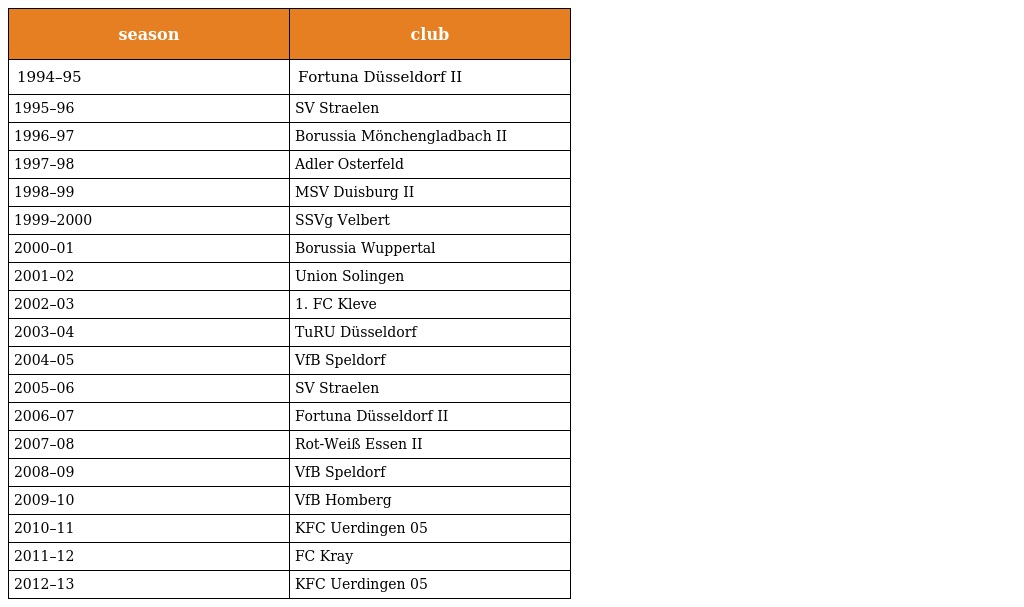
| season | club |
 | --- | --- |
 | 1994–95 | Fortuna Düsseldorf II |
 | 1995–96 | SV Straelen |
 | 1996–97 | Borussia Mönchengladbach II |
 | 1997–98 | Adler Osterfeld |
 | 1998–99 | MSV Duisburg II |
 | 1999–2000 | SSVg Velbert |
 | 2000–01 | Borussia Wuppertal |
 | 2001–02 | Union Solingen |
 | 2002–03 | 1. FC Kleve |
 | 2003–04 | TuRU Düsseldorf |
 | 2004–05 | VfB Speldorf |
 | 2005–06 | SV Straelen |
 | 2006–07 | Fortuna Düsseldorf II |
 | 2007–08 | Rot-Weiß Essen II |
 | 2008–09 | VfB Speldorf |
 | 2009–10 | VfB Homberg |
 | 2010–11 | KFC Uerdingen 05 |
 | 2011–12 | FC Kray |
 | 2012–13 | KFC Uerdingen 05 |